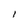
Character: l